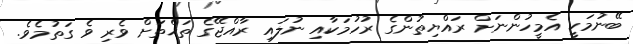
ބޭނުމަކީ އެމީހުންނަށް ރައްޔިތުންގެ ރުހުމަކާއި ނުލައި ރާއްޖޭގެ ތަޚްތަށް ވެރި ވެ ގަތުމެވެ.